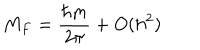
M _ { F } = \frac { \hbar m } { 2 \pi } + O ( \hbar ^ { 2 } )